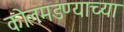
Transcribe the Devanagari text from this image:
कोलमडण्याच्या